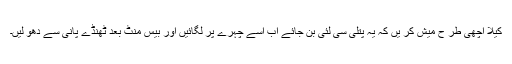
کیلا اچھی طر ح میش کر یں کہ یہ پتلی سی لئی بن جائے اب اسے چہرے پر لگائیں اور بیس منٹ بعد ٹھنڈے پانی سے دھو لیں۔